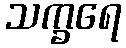
သက္ခရေ